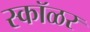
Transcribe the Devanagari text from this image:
स्कॉळर